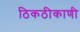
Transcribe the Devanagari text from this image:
ठिकठीकाणी